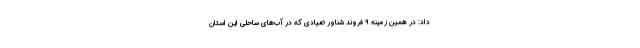
داد: در همین زمینه ۹ فروند شناور صیادی که در آب‌های ساحلی این استان